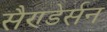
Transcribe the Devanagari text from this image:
सैण्डेर्सन